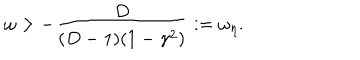
\omega > - \frac { D } { ( D - 1 ) ( 1 - \gamma ^ { 2 } ) } : = \omega _ { \eta } .